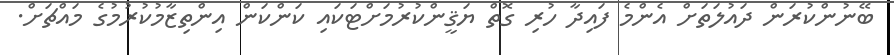
ބޭނުންކުރަން ދައުލަތަށް އެންމެ ފައިދާ ހުރި ގޮތް ޔަޤީންކުރުމަށްޓަކައި ކަންކަން އިންތިޒާމުކުރުމުގެ މައްޗަށް.